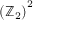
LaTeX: \left( \mathbb { Z } _ { 2 } \right) ^ { 2 }